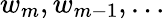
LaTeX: w_{m},w_{m-1},\ldots